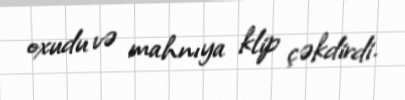
oxudu və mahnıya klip çəkdirdi.